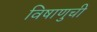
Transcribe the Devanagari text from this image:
विषाणुची